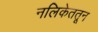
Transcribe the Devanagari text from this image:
नलिकेततून